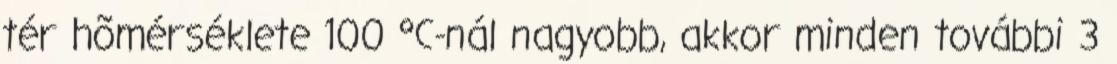
tér hõmérséklete 100 °C-nál nagyobb, akkor minden további 3